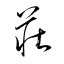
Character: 荘